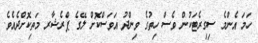
ހަމަ އެންމެ ސިގިރެޓަކުން ވެސް ހިތުގެ ވިންދު އަވަސްކޮށް ލޭގެ ޕްރެޝާރ މަތިކޮށްދެއެވެ.